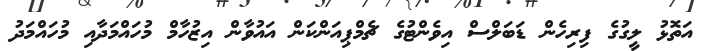
އަތޮޅު ލީގުގެ ފިރިހެން ޑަބަލްސް އިވެންޓުގެ ޗެމްޕިއަންކަން އައުވާން އިޒުހާމް މުހައްމަދާއި މުހައްމަދު